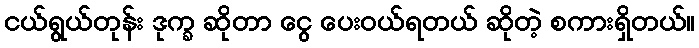
ငယ်ရွယ်တုန်း ဒုက္ခ ဆိုတာ ငွေ ပေးဝယ်ရတယ် ဆိုတဲ့ စကားရှိတယ်။